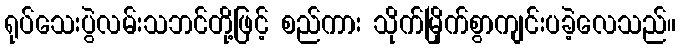
ရုပ်သေးပွဲလမ်းသဘင်တို့ဖြင့် စည်ကား သိုက်မြိုက်စွာကျင်းပခဲ့လေသည်။